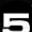
Digit: 5